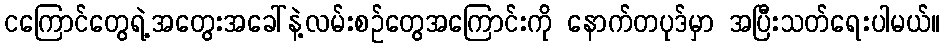
ငကြောင်တွေရဲ့အတွေးအခေါ်နဲ့လမ်းစဉ်တွေအကြောင်းကို နောက်တပုဒ်မှာ အပြီးသတ်ရေးပါမယ်။